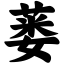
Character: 蒌